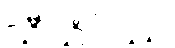
သီသံပိဿ